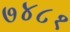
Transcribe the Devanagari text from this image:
७४८१